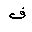
Letter: _fa